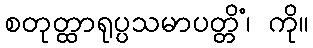
စတုတ္ထာရုပ္ပသမာပတ္တိံ၊ ကို။